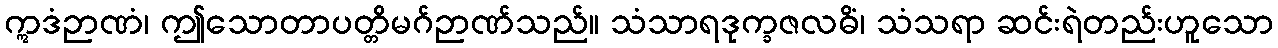
ဣဒံဉာဏံ၊ ဤသောတာပတ္တိမဂ်ဉာဏ်သည်။ သံသာရဒုက္ခဇလဓိံ၊ သံသရာ ဆင်းရဲတည်းဟူသော